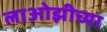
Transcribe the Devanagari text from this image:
लाओझीच्या